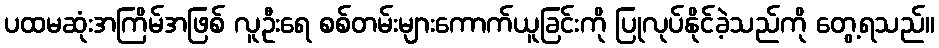
ပထမဆုံးအကြိမ်အဖြစ် လူဦးရေ စစ်တမ်းများကောက်ယူခြင်းကို ပြုလုပ်နိုင်ခဲ့သည်ကို တွေ့ရသည်။